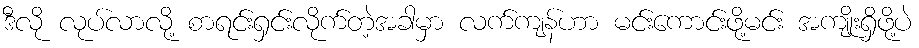
ဒီလို လုပ်လာလို့ စာရင်းရှင်းလိုက်တဲ့အခါမှာ လက်ကျန်ဟာ မင်းကောင်းဖို့မင်း အကျိုးရှိဖို့ပဲ